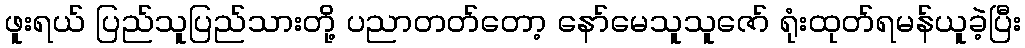
ဖူးရယ် ပြည်သူပြည်သားတို့ ပညာတတ်တော့ နော်မေသူသူဇော် ရုံးထုတ်ရမန်ယူခဲ့ပြီး